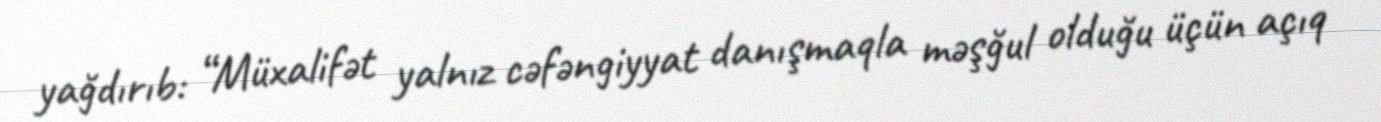
yağdırıb: “Müxalifət yalnız cəfəngiyyat danışmaqla məşğul olduğu üçün açıq